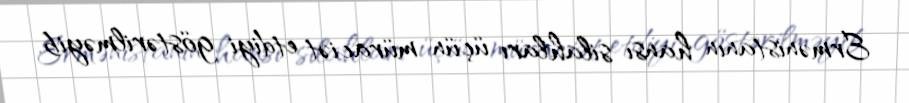
Ermənistanın hansı silahları üçün müraciət etdiyi göstərilməyib.